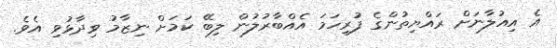
އެ އިއުލާނަށް ރައްޔިތުންގެ ފުރިހަމަ އެއްބާރުލުން ލިބޭ ކަމަށް ނިޒާމު ވިދާޅުވި އެވެ.